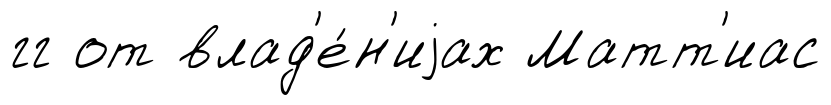
гг от влад'е́н'иjах Матт'иас